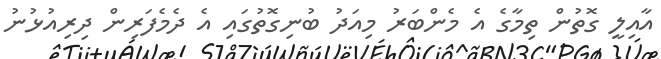
އާއިލީ ގޮތުން ތިމާގެ އެ މެންބަރު މިއަދު ބުނިގޮތުގައި އެ ދެމެފަރިން ދިރިއުޅުނު